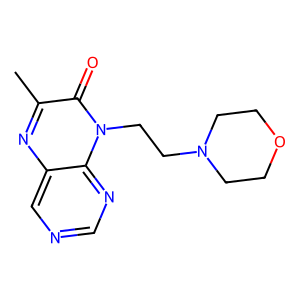
SMILES: Cc1nc2cncnc2n(CCN2CCOCC2)c1=O
Inhibits HIV replication: No